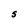
Character: S